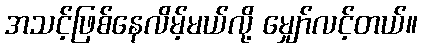
အသင့်ဖြစ်နေလိမ့်မယ်လို့ မျှော်လင့်တယ်။